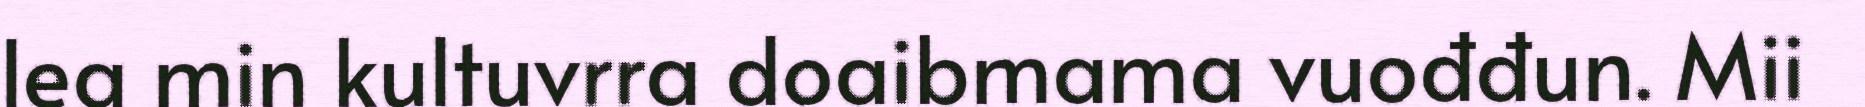
lea min kultuvrra doaibmama vuođđun. Mii